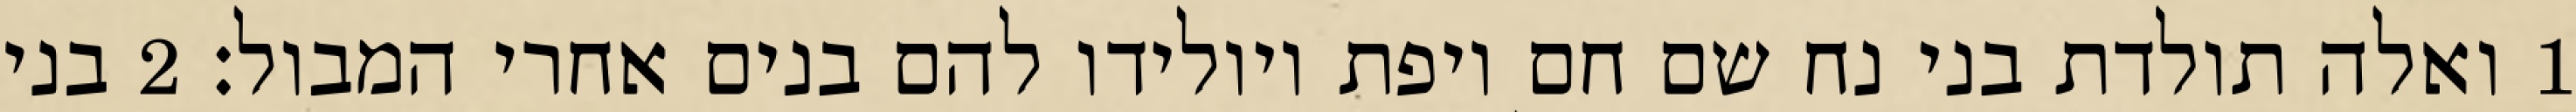
1 ואלה תולדת בני נח שם חם ויפת ויולידו להם בנים אחרי המבול׃ ‎2‏ בני